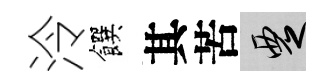
泠饌其苦覂